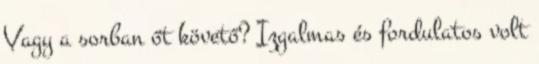
Vagy a sorban őt követő? Izgalmas és fordulatos volt